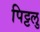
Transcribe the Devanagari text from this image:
पिट्टलु